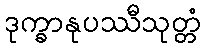
ဒုက္ခာနုပဿီသုတ္တံ